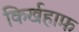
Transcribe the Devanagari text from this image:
किर्खहाफ़